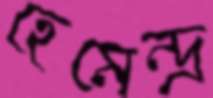
হেমেন্দ্র